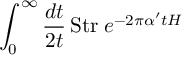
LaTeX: \int _ { 0 } ^ { \infty } \frac { d t } { 2 t } \, \mathrm { S t r } \; e ^ { - 2 \pi \alpha ^ { \prime } t H }